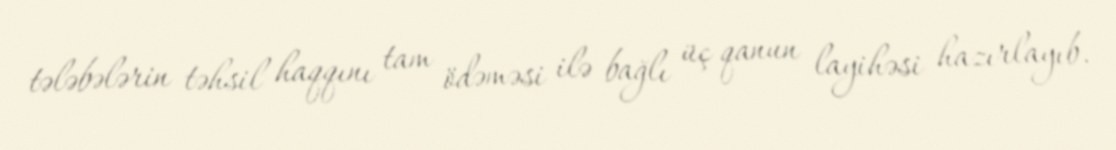
tələbələrin təhsil haqqını tam ödəməsi ilə bağlı üç qanun layihəsi hazırlayıb.